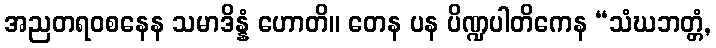
အညတရဝစနေန သမာဒိန္နံ ဟောတိ။ တေန ပန ပိဏ္ဍပါတိကေန “သံဃဘတ္တံ,